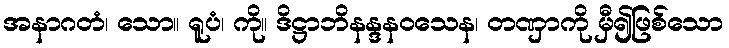
အနာဂတံ၊ သော။ ရူပံ၊ ကို။ ဒိဋ္ဌာဘိနန္ဒနဝသေန၊ တဏှာကို မှီ၍ဖြစ်သော